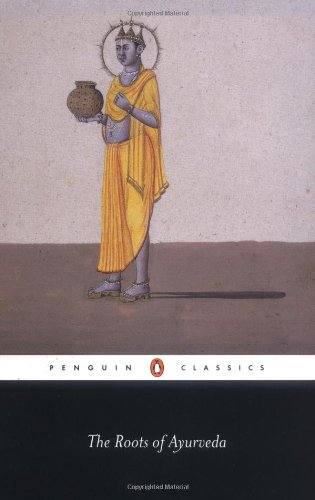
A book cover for The Roots of Ayurveda (Penguin Classics); Various; Health, Fitness & Dieting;